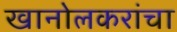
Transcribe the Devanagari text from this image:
खानोलकरांचा